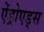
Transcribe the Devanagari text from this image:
ऐंड्रोएड्स